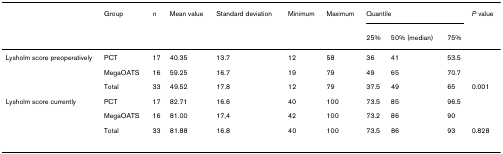
<table><thead><tr><td></td><td><b>Group</b></td><td><b><i>n</i></b></td><td><b>Mean value</b></td><td><b>Standard deviation</b></td><td><b>Minimum</b></td><td><b>Maximum</b></td><td colspan="3"><b>Quantile</b></td><td><b><i>P </i>value</b></td></tr><tr><td></td><td></td><td></td><td></td><td></td><td></td><td></td><td><b>25%</b></td><td><b>50% (median)</b></td><td><b>75%</b></td><td></td></tr></thead><tbody><tr><td>Lysholm score preoperatively</td><td>PCT</td><td>17</td><td>40.35</td><td>13.7</td><td>12</td><td>58</td><td>36</td><td>41</td><td>53.5</td><td></td></tr><tr><td></td><td>MegaOATS</td><td>16</td><td>59.25</td><td>16.7</td><td>19</td><td>79</td><td>49</td><td>65</td><td>70.7</td><td></td></tr><tr><td></td><td>Total</td><td>33</td><td>49.52</td><td>17.8</td><td>12</td><td>79</td><td>37.5</td><td>49</td><td>65</td><td>0.001</td></tr><tr><td>Lysholm score currently</td><td>PCT</td><td>17</td><td>82.71</td><td>16.6</td><td>40</td><td>100</td><td>73.5</td><td>85</td><td>96.5</td><td></td></tr><tr><td></td><td>MegaOATS</td><td>16</td><td>81.00</td><td>17,4</td><td>42</td><td>100</td><td>73.2</td><td>86</td><td>90</td><td></td></tr><tr><td></td><td>Total</td><td>33</td><td>81.88</td><td>16.8</td><td>40</td><td>100</td><td>73.5</td><td>86</td><td>93</td><td>0.828</td></tr></tbody></table>